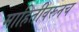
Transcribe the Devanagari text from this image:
माहितीवरूनच